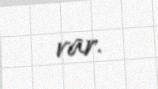
var.